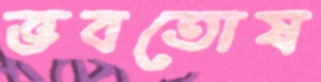
ভবতোষ